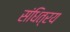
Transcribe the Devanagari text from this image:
संधित्रय